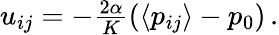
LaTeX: \begin{array}{r}{u_{ij}=-\frac{2\alpha}{K}(\langle p_{ij}\rangle-p_{0})\, .}\end{array}